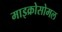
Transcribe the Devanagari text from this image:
माइक्रोसोमल